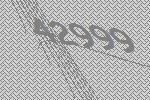
42999